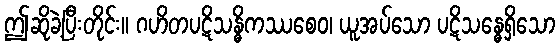
ဤဆိုခဲ့ပြီးတိုင်း။ ဂဟိတပဋိသန္ဓိကဿစေဝ၊ ယူအပ်သော ပဋိသန္ဓေရှိသော